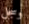
وسجل